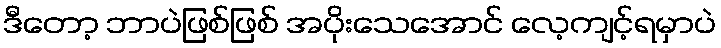
ဒီတော့ ဘာပဲဖြစ်ဖြစ် အပိုးသေအောင် လေ့ကျင့်ရမှာပဲ